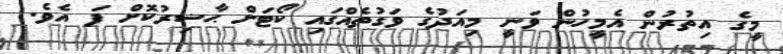
މީގެ އިތުރުން އެމީހުން ވަނީ މިއަދުގެ ވަގުތެއްގައި ކޯޓަށް ޙާޟިރުކޮށް ފަ އެވެ.